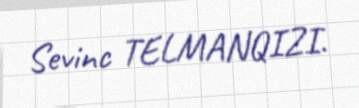
Sevinc TELMANQIZI.